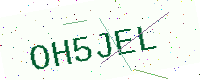
Text: OH5JEL